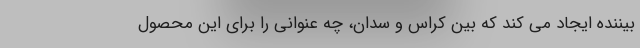
بیننده ایجاد می کند که بین کراس و سدان، چه عنوانی را برای این محصول